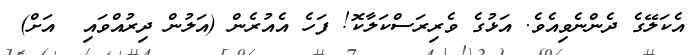
އެކަލޭގެ ދެންނެވިއެވެ. އަޅުގެ ވެރިރަސްކަލާކޮ! ފަހެ އެއުރެން (އަލުން ދިރުއްވައި  އަށް)